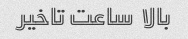
بالا  ساعت تاخیر